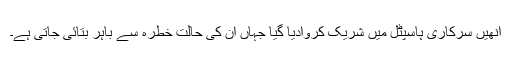
انھیں سرکاری ہاسپٹل میں شریک کروادیا گیا جہاں ان کی حالت خطرہ سے باہر بتائی جاتی ہے۔